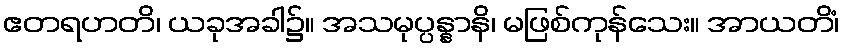
ဧတရဟတိ၊ ယခုအခါ၌။ အသမုပ္ပန္နာနိ၊ မဖြစ်ကုန်သေး။ အာယတိံ၊